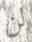
لن